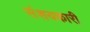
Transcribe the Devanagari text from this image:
संशयकारी